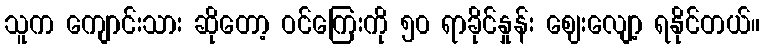
သူက ကျောင်းသား ဆိုတော့ ဝင်ကြေးကို ၅၀ ရာခိုင်နှုန်း ဈေးလျော့ ရနိုင်တယ်။